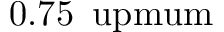
0 . 7 5 \, \mathrm { \ u p m u m }